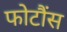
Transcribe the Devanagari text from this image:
फोटौंस